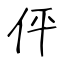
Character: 伻